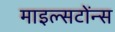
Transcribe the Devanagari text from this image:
माइल्सटोंन्स